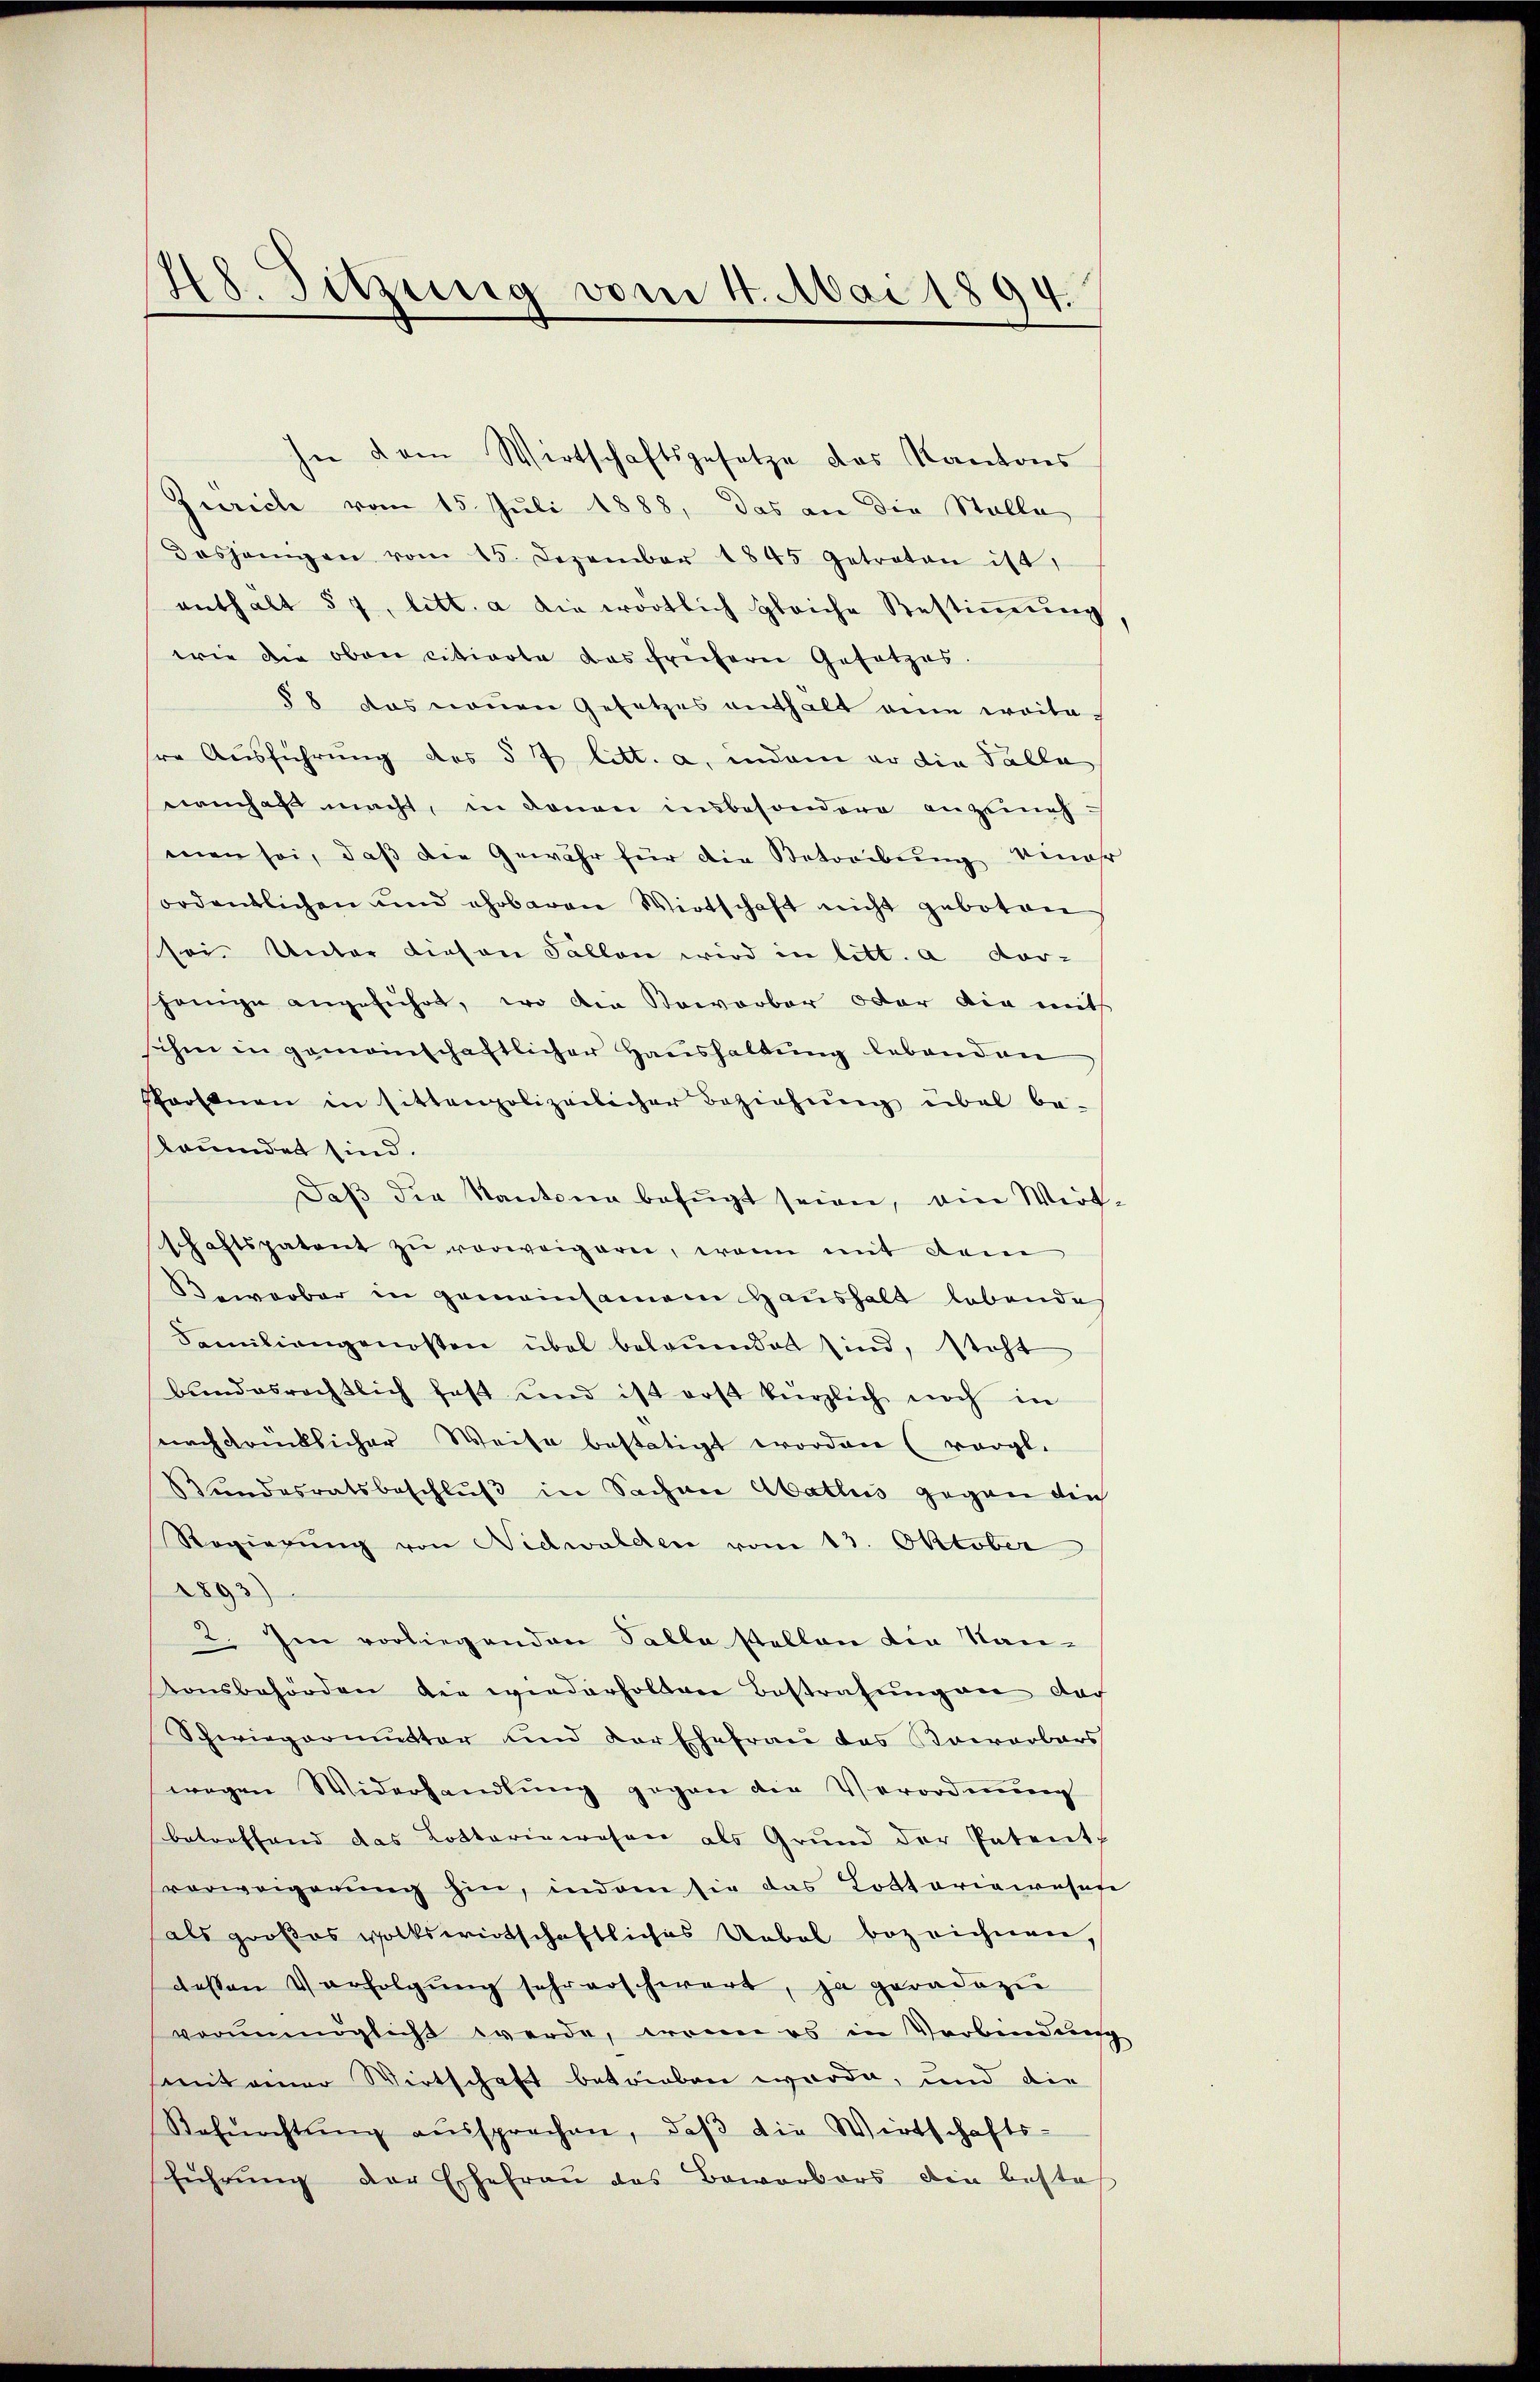
48. Sitzung vom 4. Mai 1894.

Zürich vom 15. Juli 1888, das an die Stelle
dasjenigen vom 15. Dezember 1845 getraton ist,
enthalt § 7, litt. a die wortlich gleiche Bestiṁŭng,
wie die oben citierte das früherer Gesetzes.
§ 8 das neuen Gesetzes enthalt eine weite
hre Ausführung des § 7 litt. a, indem er die Talla
irmhaft macht, in denen insbesondere angenehmen sei, daß die Gewähr für die Betreibung einahr
ordentlichen und ehrbaren Wirtschaft nicht geboten
schei. Unter diesen Fällen wird in litt. a vor-
jenige angeführt, wo den Sowarbar oder die mit
sichen in gemeinschaftlicher Haushaltŭng lebenden
Schärften in sittenpolizeilicher Beziehŭng übel be-
leumdet sind.
Daβ die Kantona befügt seien, ein Wirt,
schaftspatent zu vorweigern, wenn mit dem
Bewerber in gemeinsamen Haushalt lebende
Familiangenossen übel belauendet sind, steht
bŭndesrechtlich fast und ist erst kürzlich noch in
nachdrücklicher Weise bestätigt worden (vergl.
Bundesratsbeschlŭβ in Sachen Abatlus gegen die
Regierŭng von Nidwalden vom 13. Oktober
1893)
2. Im vorliegenden Salla stellen die Nan-
tonsbehörden die wiederholten Bestrafŭng an dar
Schwiegermutter und der Ehefrau das Kowarbars
wegen Widerhandlung gegen die Verordnung
betreffend das Lotteriewesen als Grund der Patent.
verweigerung hin, indem sie das Lottariairesufe
als großes volkswirtschaftliches Uebel bezeichnen,
dessen Verfolgŭng sehr erschwert, ja geradezu
vornmöglicht werde, wenn es in Verbindung
mmt einer Wirtschaft betrieben werde, und die
Refŭchtŭng aŭssprechen, daβ die Wirtschafts-
sführŭng der Ehefraŭ des Bewerbers die bestes

hn dem Wirtschaftsgesetze das Kantons